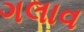
ગલાવ